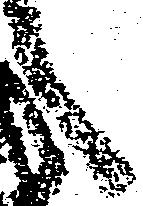
之